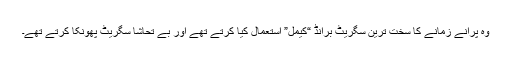
وہ پرانے زمانے کا سخت ترین سگریٹ برانڈ “کیمل” استعمال کیا کرتے تھے اور بے تحاشا سگریٹ پھونکا کرتے تھے۔